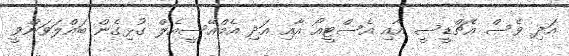
އަދި ވެސް އެޗްޑީސީ އާއި އެސްޓީއޯ އާއި އަދި އެމްއޭސީއެލް ގުޅިގެން ބައްލަވަންވީ